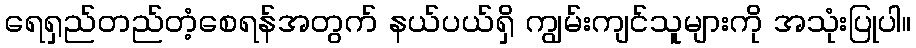
ရေရှည်တည်တံ့စေရန်အတွက် နယ်ပယ်ရှိ ကျွမ်းကျင်သူများကို အသုံးပြုပါ။